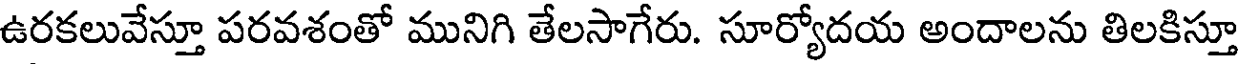
ఉరకలువేస్తూ పరవశంతో మునిగి తేలసాగేరు. సూర్యోదయ అందాలను తిలకిస్తూ